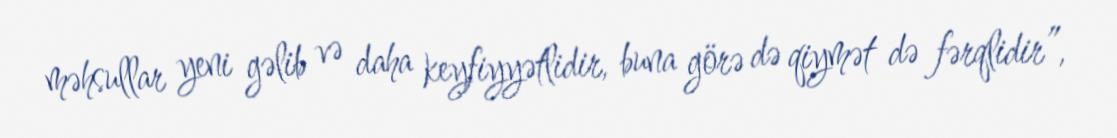
məhsullar yeni gəlib və daha keyfiyyətlidir, buna görə də qiymət də fərqlidir”,